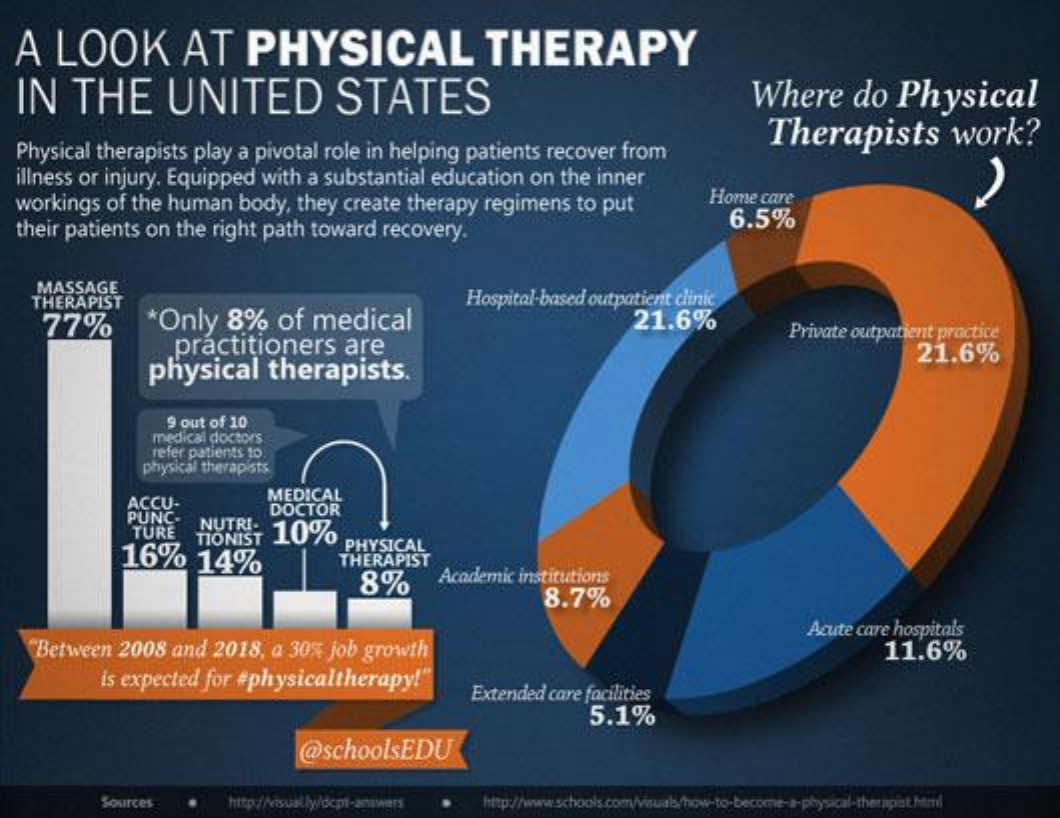
A  LOOK    AT    PHYSICAL    THERAPY
  IN   THE    UNITED    STATES    Where    do Physical
  Physical therapists play a pivotal role in helping patients recover from
     Therapists    work?
  illness or injury. Equipped with a substantial education on the inner
  workings of the human body, they create therapy regimens to put Home care
  their patients on the right path toward recovery.
     6.5%
    MASSAGE
   THERAPIST
     *Only 8%   of medical
     Hospital-based outpatient clinic
    77%    21.6%
     practitioners  are
     Private outpatient practice
     physical  therapists.
     21.6%
     9 out of 10
     medical doctors
     refer patients 10
     physical therapists
     ACCU-    MEDICAL
     PUNC.
     TURE  NUTRI-
     DOCTOR
     TIONIST
     16%    14%
     10%
     PHYSICAL
     THERAPIST
     8%    Academic institutions
     8.7%
   "Between 2008 and 2018, a 30% job growth
     Acute care hospitals
     11.6%
     is expected for #physicaltherapy!'
     Extended care facilities
     5.1%
     @schoolsEDU
     Sources    http://www.schools.com/visual/how-to-become-a-physical-therapist.html